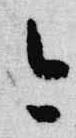
今